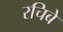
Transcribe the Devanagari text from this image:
रचिबे